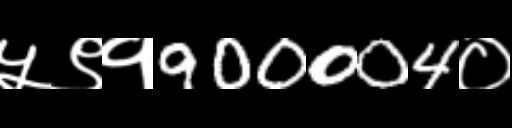
Text: ५९१900004०